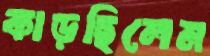
কাড়ছিলেম